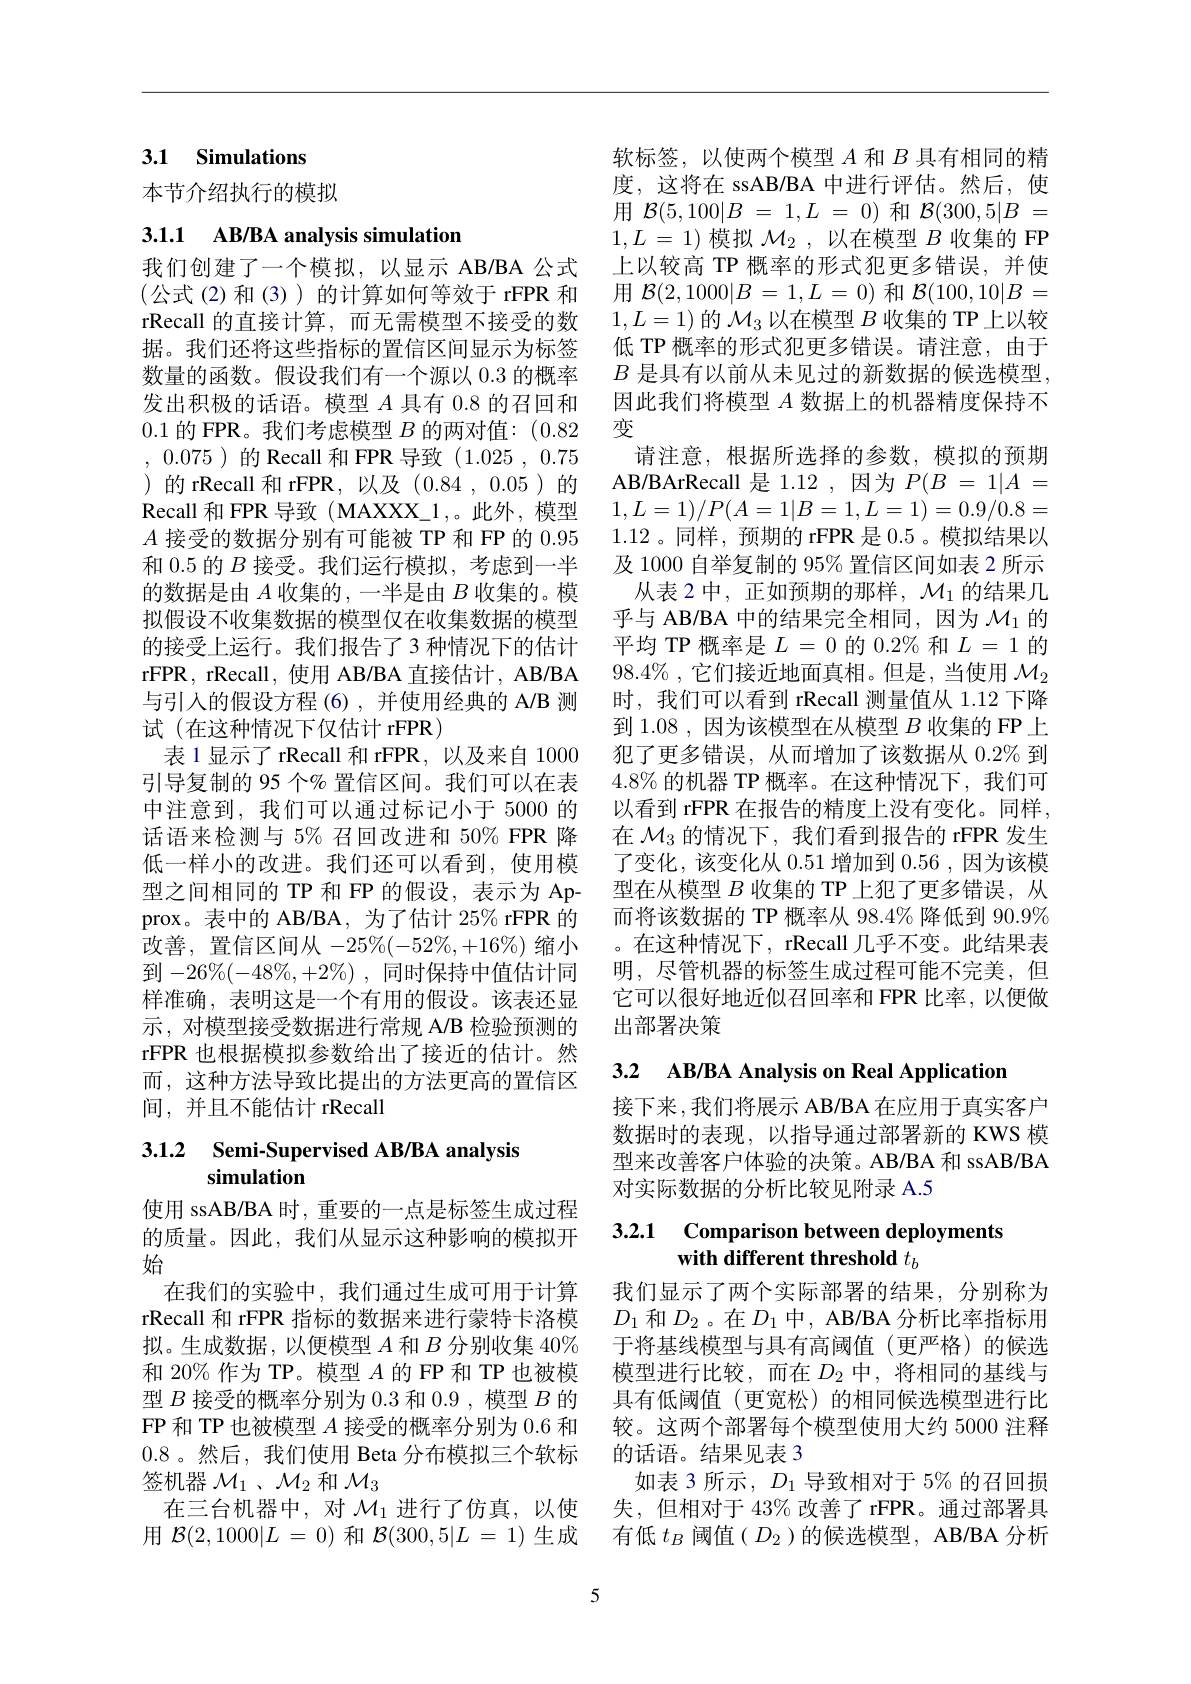
## 3.1 Simulations

本节介绍执行的模拟

3.1.1 AB/BA analysis simulation

我们创建了一个模拟，以显示 AB/BA 公式(公式(2)和(3))的计算如何等效于 rFPR 和rRecall 的直接计算，而无需模型不接受的数据。我们还将这些指标的置信区间显示为标签数量的函数。假设我们有一个源以 0.3 的概率发出积极的话语。模型$A$具有 0.8 的召回和0.1的 FPR。我们考虑模型$B$的两对值：(0.82 , 0.075 )的 Recall 和 FPR 导致(1.025,0.75 )的 rRecall 和 rFPR,以及 (0.84 , 0.05 )的Recall 和 FPR 导致 (MAXXX\_1,。此外，模型$A$接受的数据分别有可能被 TP 和 FP 的 0.95和 0.5 的$B$接受。我们运行模拟，考虑到一半的数据是由$A$收集的 ,一半是由$B$收集的。模拟假设不收集数据的模型仅在收集数据的模型的接受上运行。我们报告了 3 种情况下的估计rFPR, rRecall, 使用 AB/BA 直接估计，AB/BA 与引入的假设方程 (6),并使用经典的 A/B 测试(在这种情况下仅估计 rFPR)
表 1 显示了 rRecall 和 rFPR, 以及来自 1000引导复制的 95 个% 置信区间。我们可以在表中注意到，我们可以通过标记小于 5000 的话语来检测与$5\%$召回改进和 50% FPR 降低一样小的改进。我们还可以看到，使用模型之间相同的 TP 和 FP 的假设，表示为 Approx。表中的 AB/BA, 为了估计 25% rFPR 的改善，置信区间从$-25\%(-52\%,+16\%)$缩小到$- 26\% ( - 48\% , + 2\% )$ ,同时保持中值估计同样准确，表明这是一个有用的假设。该表还显示，对模型接受数据进行常规 A/B 检验预测的rFPR 也根据模拟参数给出了接近的估计。然而，这种方法导致比提出的方法更高的置信区间，并且不能估计 rRecall

## 3.1.2 Semi-Supervised AB/BA analysis simulation

使用 ssAB/BA 时 , 重要的一点是标签生成过程的质量。因此，我们从显示这种影响的模拟开始
在我们的实验中，我们通过生成可用于计算rRecall 和 rFPR 指标的数据来进行蒙特卡洛模拟。生成数据，以便模型$A$和$B$分别收集 40% 和 20% 作为 TP。模型$A$的 FP 和 TP 也被模型$B$接受的概率分别为 0.3 和 0.9 , 模型$B$的FP 和 TP 也被模型$A$接受的概率分别为 0.6 和0.8。然后，我们使用 Beta 分布模拟三个软标签机器$\mathcal{M}_1$ 、$\mathcal{M}_2$和$\mathcal{M}_3$
在三台机器中，对$\mathcal{M}_1$进行了仿真，以使用$\mathcal{B} ( 2, 1000| L$ = 0)和$\mathcal{B} ( 300, 5| L$ = 1)生成

软标签，以使两个模型$A$和$B$具有相同的精度，这将在 ssAB/BA 中进行评估。然后，使用$\mathcal{B} ( 5, 100| B$ = $1, L$ = 0)和$\mathcal{B} ( 300, 5| B$ = $1,L=1)$模拟$\mathcal{M}_2$,以在模型$B$收集的 FP 上以较高 TP 概率的形式犯更多错误，并使用$\mathcal{B} ( 2, 1000| B$ = $1, L$ = 0)和$\mathcal{B} ( 100, 10| B$ = $1,L=1)$的$\mathcal{M}_3$以在模型$B$收集的 TP 上以较低 TP 概率的形式犯更多错误。请注意，由于$B$是具有以前从未见过的新数据的候选模型， 因此我们将模型$A$数据上的机器精度保持不变
请注意，根据所选择的参数，模拟的预期AB/BArRecall 是 1.12 ,因为$P( B$ = $1| A$ = $1,L=1)/P(A=1|B=1,L=1)=0.9/0.8=$ 1.12。同样，预期的 rFPR 是0.5 。模拟结果以及 1000 自举复制的 95% 置信区间如表 2 所示
从表 2 中，正如预期的那样，$\mathcal{M}_1$的结果几乎与 AB/BA 中的结果完全相同，因为$\mathcal{M}_1$的平均 TP 概率是$L=0$的$0.2\%$和$L=1$的$98.4\%$,它们接近地面真相。但是，当使用 $\mathcal{M}_2$ 时，我们可以看到 rRecall 测量值从 1.12 下降到 1.08 , 因为该模型在从模型$B$收集的 FP 上犯了更多错误，从而增加了该数据从$0.2\%$到$4.8\%$的机器 TP 概率。在这种情况下，我们可以看到 rFPR 在报告的精度上没有变化。同样， 在$\mathcal{M}_3$的情况下，我们看到报告的 rFPR 发生了变化，该变化从0.51增加到0.56,因为该模型在从模型$B$收集的 TP 上犯了更多错误，从而将该数据的 TP 概率从 98.4% 降低到 90.9% 。在这种情况下，rRecall 几乎不变。此结果表明，尽管机器的标签生成过程可能不完美，但它可以很好地近似召回率和 FPR 比率，以便做出部署决策

3.2 AB/BA Analysis on Real Application

接下来，我们将展示 AB/BA 在应用于真实客户数据时的表现，以指导通过部署新的 KWS 模型来改善客户体验的决策。AB/BA 和 ssAB/BA 对实际数据的分析比较见附录 A.5

## 3.2.1 Comparison between deployments with different threshold $t_b$

我们显示了两个实际部署的结果，分别称为$D_1$ 和$D_2$。在$D_1$ 中，AB/BA 分析比率指标用于将基线模型与具有高阈值(更严格)的候选模型进行比较，而在$D_2$ 中，将相同的基线与具有低阈值(更宽松)的相同候选模型进行比较。这两个部署每个模型使用大约 5000 注释的话语。结果见表 3
如表 3 所示$,D_1$导致相对于 5% 的召回损失，但相对于 43% 改善了 rFPR。通过部署具有低$t_B$阈值( $D_2$ )的候选模型，AB/BA 分析

5